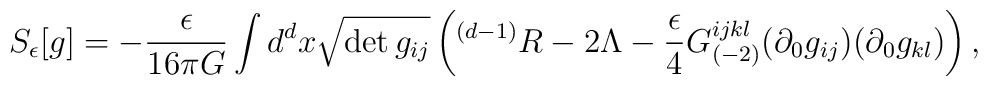
S_{\epsilon}[g]=-\frac{\epsilon}{16\pi G}\int d^dx \sqrt{\det g_{ij}}\left({}^{(d-1)}R -2\Lambda - \frac{\epsilon}{4}G^{ijkl}_{(-2)} (\partial_0 g_{ij})(\partial_0 g_{kl})\right),